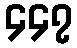
၄၄၇